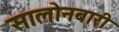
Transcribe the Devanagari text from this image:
सालोनबारी